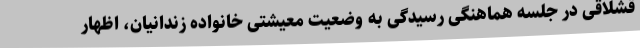
قشلاقی در جلسه هماهنگی رسیدگی به وضعیت معیشتی خانواده زندانیان، اظهار